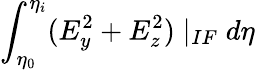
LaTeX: \int_{\eta_{0}}^{\eta_{i}}(E_{y}^{2}+E_{z}^{2})\mid_{IF}d\eta